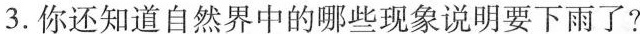
3.你还知道自然界中的哪些现象说明要下雨了?